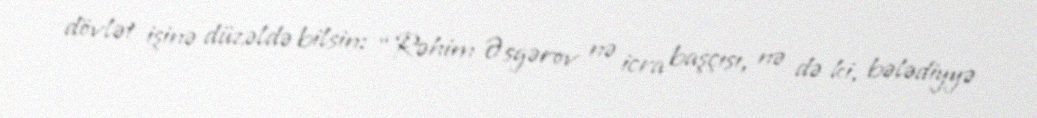
dövlət işinə düzəldə bilsin: “Rəhim Əsgərov nə icra başçısı, nə də ki, bələdiyyə